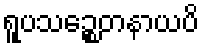
ရူပသဉ္စေတနာယပိ